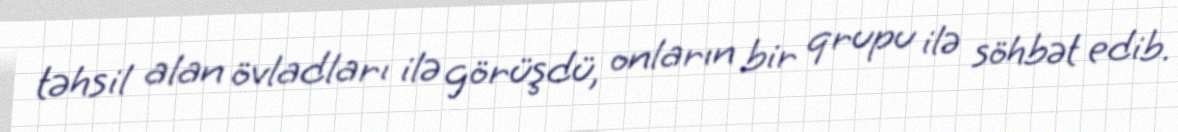
təhsil alan övladları ilə görüşdü, onların bir qrupu ilə söhbət edib.